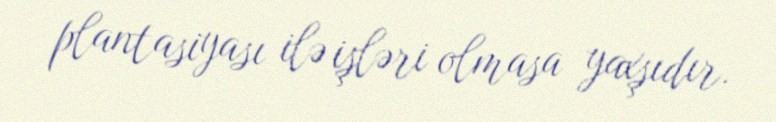
plantasiyası ilə işləri olmasa yaxşıdır.